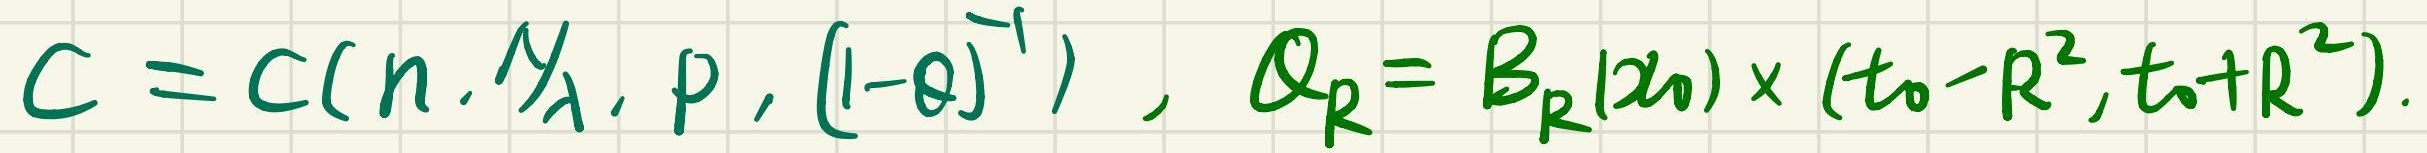
\[ C = C(n, \frac{1}{\lambda}, p, (1 - \theta)^{-1}), \quad Q_R = B_R(x_0) \times (t_0 - R^2, t_0 + R^2). \]